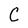
Character: C